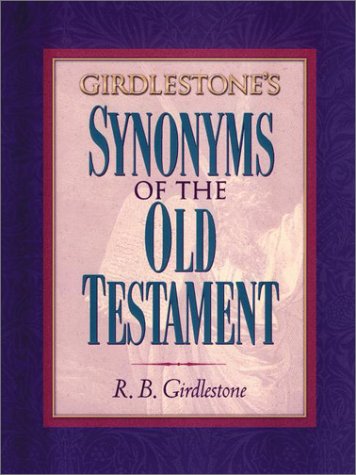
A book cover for Girdlestone's Synonyms of the Old Testament; R. B. Girdlestone; Reference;